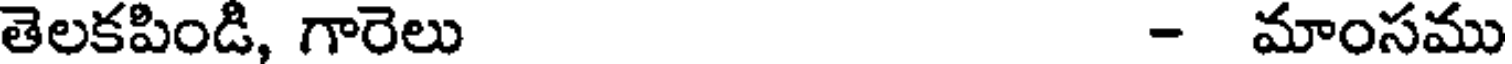
తెలకపిండి, గారెలు - మాంసము